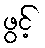
ဖွင့်